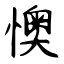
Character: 懊